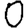
Digit: 0